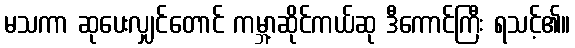
မသကာ ဆုပေးလျှင်တောင် ကမ္ဘာ့ဆိုင်ကယ်ဆု ဒီကောင်ကြီး ရသင့်၏။